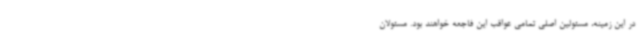
در این زمینه، مسئولین اصلی تمامی عواقب این فاجعه خواهند بود. مسئولان